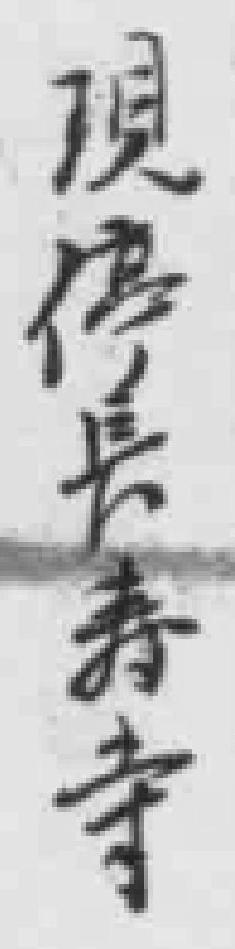
現停長寿寺